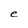
Character: e